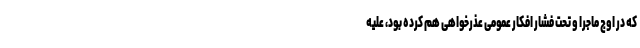
که در اوج ماجرا و تحت فشار افکار عمومی عذرخواهی هم کرده بود، علیه